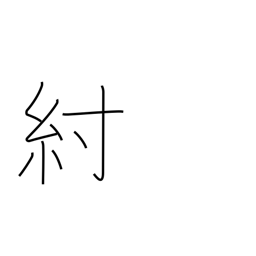
Meaning: harness strap